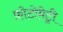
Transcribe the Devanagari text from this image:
फ़ोटोमेट्री